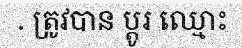
. ត្រូវបាន ប្តូរ ឈ្មោះ